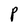
Character: P